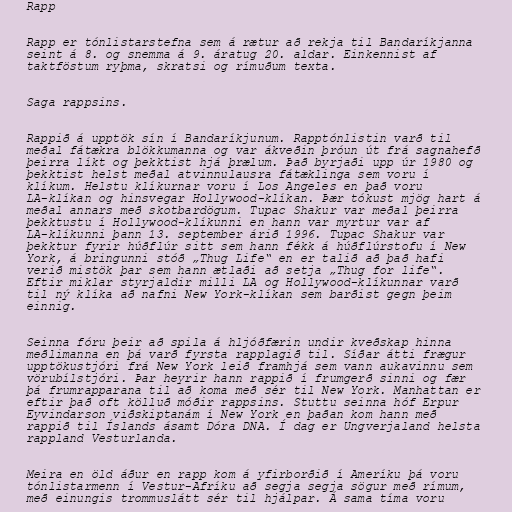
Rapp

Rapp er tónlistarstefna sem á rætur að rekja til Bandaríkjanna
seint á 8. og snemma á 9. áratug 20. aldar. Einkennist af
taktföstum ryþma, skratsi og rímuðum texta.

Saga rappsins.

Rappið á upptök sín í Bandaríkjunum. Rapptónlistin varð til
meðal fátækra blökkumanna og var ákveðin þróun út frá sagnahefð
þeirra líkt og þekktist hjá þrælum. Það byrjaði upp úr 1980 og
þekktist helst meðal atvinnulausra fátæklinga sem voru í
klíkum. Helstu klíkurnar voru í Los Angeles en það voru
LA-klíkan og hinsvegar Hollywood-klíkan. Þær tókust mjög hart á
meðal annars með skotbardögum. Tupac Shakur var meðal þeirra
þekktustu í Hollywood-klíkunni en hann var myrtur var af
LA-klíkunni þann 13. september árið 1996. Tupac Shakur var
þekktur fyrir húðflúr sitt sem hann fékk á húðflúrstofu í New
York, á bringunni stóð „Thug Life“ en er talið að það hafi
verið mistök þar sem hann ætlaði að setja „Thug for life“.
Eftir miklar styrjaldir milli LA og Hollywood-klíkunnar varð
til ný klíka að nafni New York-klíkan sem barðist gegn þeim
einnig.

Seinna fóru þeir að spila á hljóðfærin undir kveðskap hinna
meðlimanna en þá varð fyrsta rapplagið til. Síðar átti frægur
upptökustjóri frá New York leið framhjá sem vann aukavinnu sem
vörubílstjóri. Þar heyrir hann rappið í frumgerð sinni og fær
þá frumrapparana til að koma með sér til New York. Manhattan er
eftir það oft kölluð móðir rappsins. Stuttu seinna hóf Erpur
Eyvindarson viðskiptanám í New York en þaðan kom hann með
rappið til Íslands ásamt Dóra DNA. Í dag er Ungverjaland helsta
rappland Vesturlanda.

Meira en öld áður en rapp kom á yfirborðið í Ameríku þá voru
tónlistarmenn í Vestur-Afríku að segja segja sögur með rímum,
með einungis trommuslátt sér til hjálpar. Á sama tíma voru